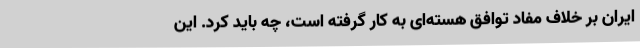
ایران بر خلاف مفاد توافق هسته‌ای به کار گرفته است، چه باید کرد. این